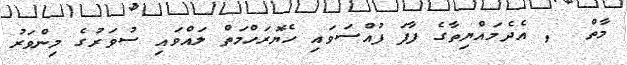
މާތް